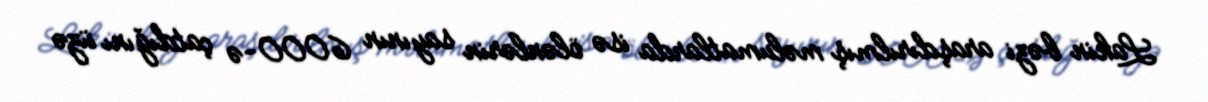
Lakin bəzi araşdırılmış məlumatlarda isə ölənlərin sayının 6000-ə çatdığını üzə